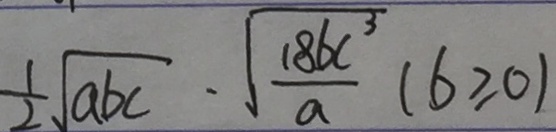
\frac { 1 } { 2 } \sqrt { a b c } \cdot \sqrt { \frac { 1 8 b c ^ { 3 } } { a } } ( b \geq 0 )